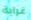
غرابة